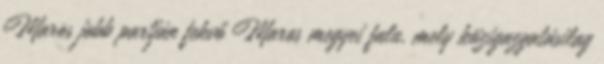
Maros jobb partján fekvő Maros megyei falu, mely közigazgatásilag